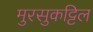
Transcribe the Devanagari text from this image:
मुरसुकट्टिल